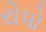
રોપો